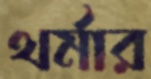
থর্মার